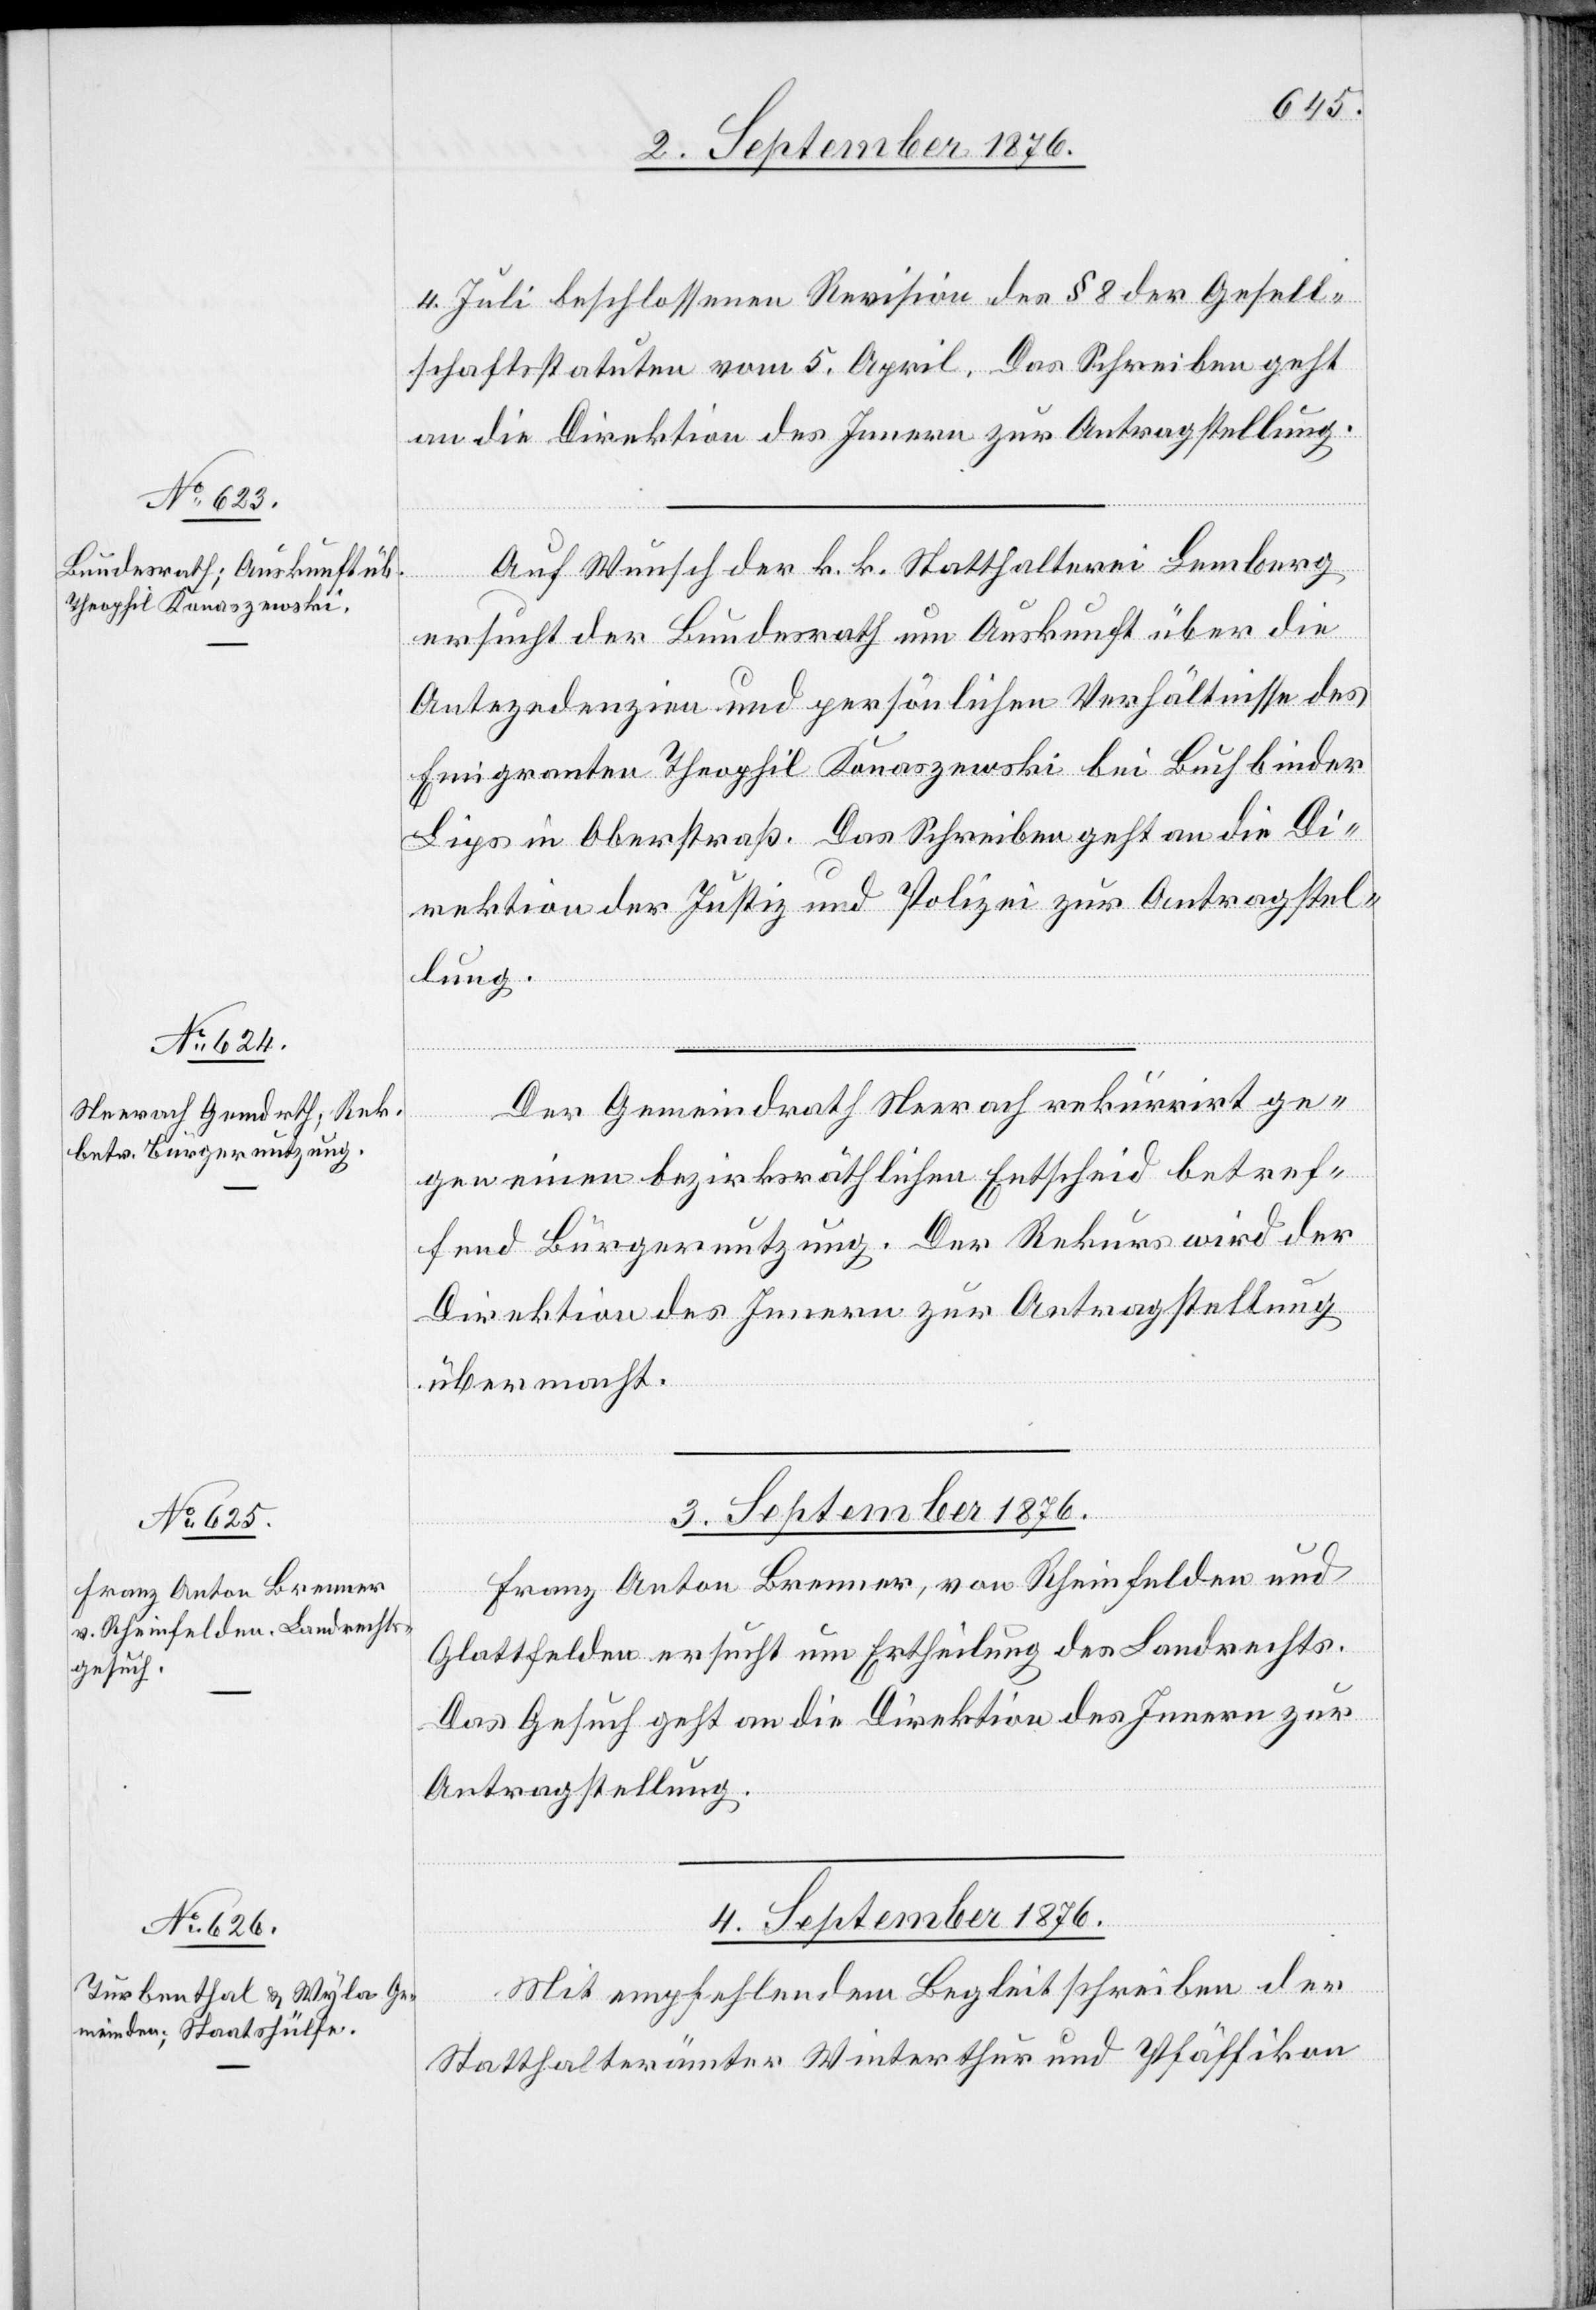
2. September 1876.]
4. Juli beschlossenen Revision des § 8 der Gesell¬
schaftsstatuten vom 5. April. Das Schreiben geht
an die Direktion des Innern zur Antragstellung.
Auf Wunsch der k. k. Statthalterei Lemberg
ersucht der Bundesrath um Auskunft über die
Antezedenzien und persönlichen Verhältnisse des
Emigranten Theophil Konaszewski bei Buchbinder
Lips in Oberstraß. Das Schreiben geht an die Di¬
rektion der Justiz und Polizei zur Antragstel¬
lung.
Der Gemeindrath Neerach rekürrirt [s¬
gen einen bezirksräthlichen Entscheid betref¬
fend Bürgernutzung. Der Rekurs wird der
Direktion des Innern zur Antragstellung
übermacht.
3. September 1876.
Franz Anton Brenner, von Rheinfelden und
ge¬
Glattfelden ersucht um Ertheilung des Landrechts.
Das Gesuch geht an die Direktion des Innern zur
Antragstellung.
4. September 1876.
Mit empfehlendem Begleitschreiben der
Statthalterämter Winterthur und Pfäffikon